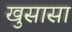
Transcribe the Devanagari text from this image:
खुसासा